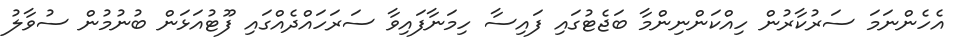
އެހެންނަމަ ސަރުކާރުން ހިއްކަންނިންމާ ބަޖެޓުގައި ފައިސާ ހިމަނާފައިވާ ސަރަހައްދެއްގައި ފޫޓުއަޅަން ބުނުމުން ސުވާލު